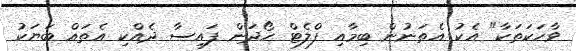
ވާހަކަތަކާ" އެކު އެތަނުން ބިމާއި ފްލެޓް ހޯދަން ފައިސާ ދެއްކި އެތައް ބަޔަކު